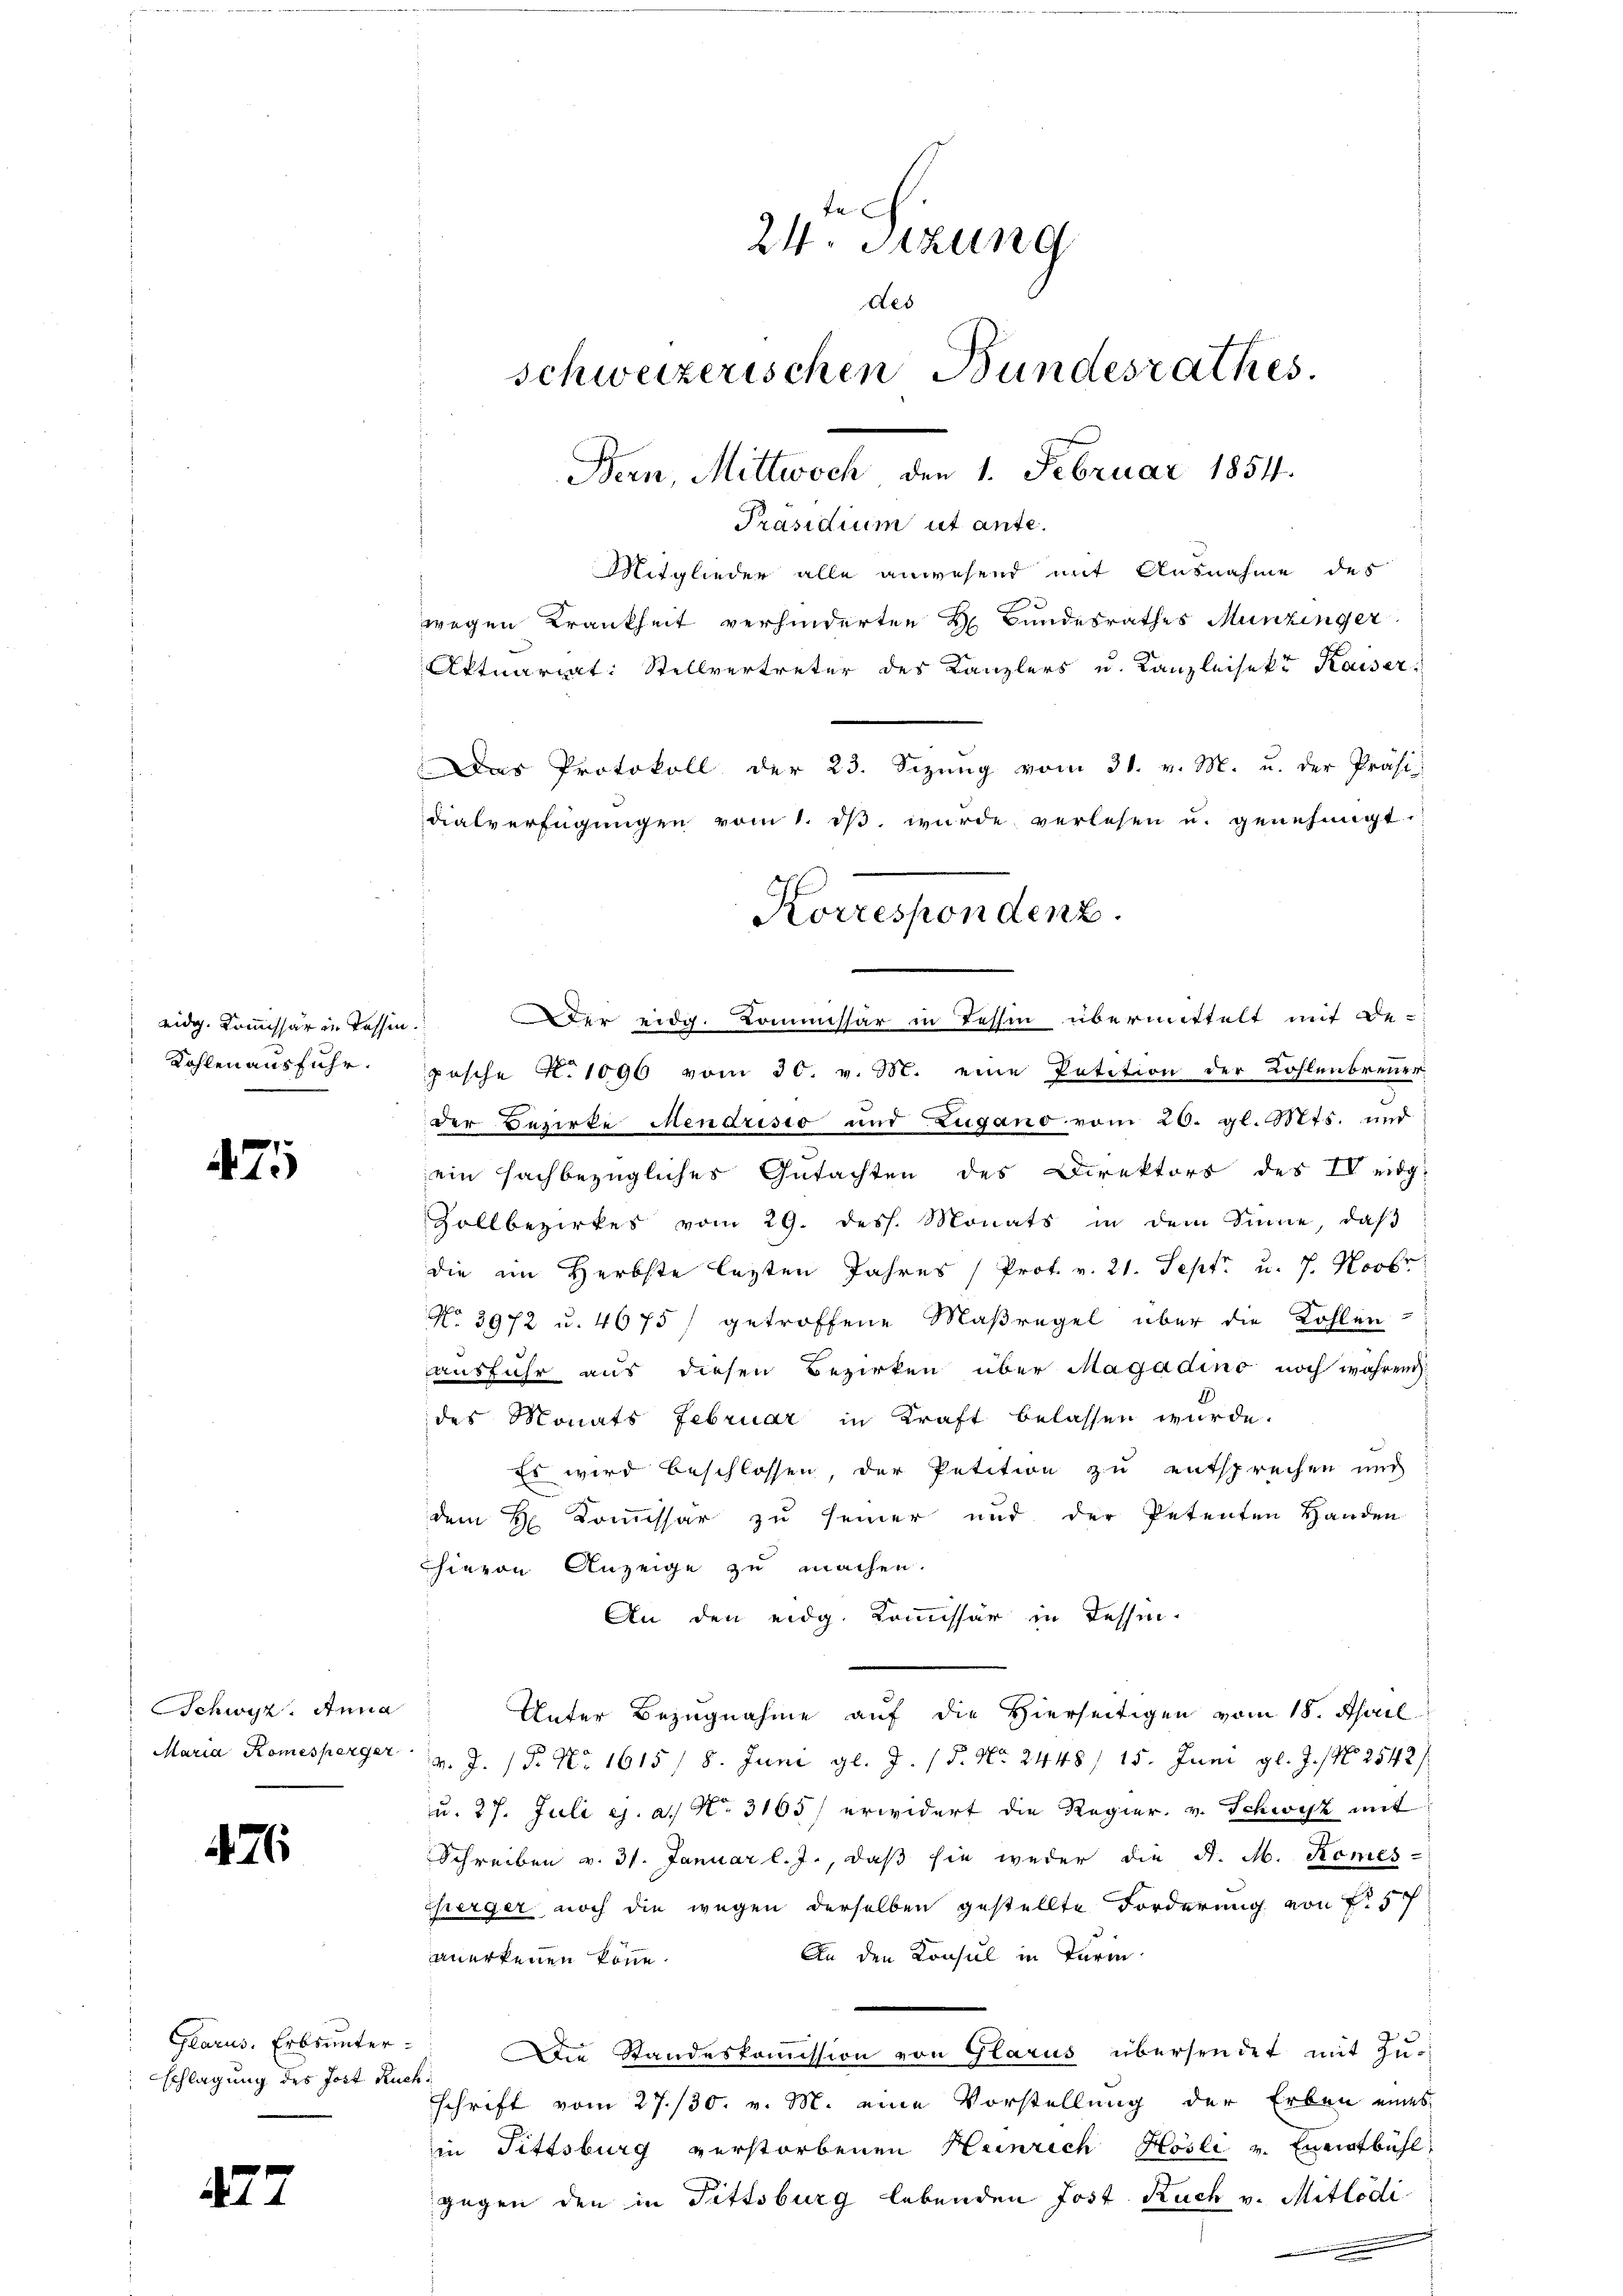
eidg. Kommissär in Tessin.
Kohlen ausfuhr.

475

Schwyz. Anna

476.

Glarus, Erbs unter-
schlagung des Jost Ruc

477

te
24. Sitzung
des
schweizerischen Bundesrathes.
Bern, Mittwoch den 1. Februar 1854.
Präsidium ut ante.

Mitglieder alle anwesend mit Ausnahme des
der eidg. Kommissär in Tessin übermittelt auf de
pasche N. 1096 vom 30. v. M. eine Petition der Kohlenbrenner
der Bezirke Mendristo und Zugano vom 20. gl. Mts. und
ein sachbezügliches Gutachten des Direktors des IV eidg
Zollbezirkes vom 29. dess. Monats in dem Sinne, daβ
die im Herbste lezten Jahres (Prof. v. 21. Sept. u. 7. Novbr.
No 3972 u. 4675 / getroffene Maßregel über die Kohlen-
ausfuhr aus diesen Bezirken über Magadino noch während
des Monats Februar in Kraft belassen wurde.
Es wird beschlossen, der Petition zu entsprechen und
dem H. Kommissär zu seiner und der Petenten Handen
Chievon Anzeige zu machen.
An den eidg. Kommissär in Tessin.
Unter Bezugnahme auf die Hierseitigen vom 18. April
Maria Komesperger v. J. P. Nr. 1615 / 8. Juni gl. J. / 5. No 2448 / 15. Juni gl. J. / N. 2542/
u. 27. Juli ej. a. No. 3165) erwidert die Regier. v. Schwyz mit
Schreiben v. 31. Januar l. J., daß sie weder die A. M. Remes¬
Cherger noch die wegen derselben gestellte Forderung von f. 57
An den Konsul in Turin
anerkennen könne.
. Die Standeskommission von Glarus übersendet mit Zuschrift vom 27./30. v. M. eine Vorstellung der Erben eines
in Fittsburg verstorbenen Heinrich Hösli v. Einiatbühl,
gegen den in Fittsburg lebenden Jost Ruch v. Mitlödi
.

wegen Krankheit verhinderten H. Bundesrathes Munzinger
Aktuariat: Stellvertreter des Kanzlers u. Kanzleisekt Kaiser

Das Protokoll der 23. Sizŭng vom 31. v. M. u. der Präsi
dialverfügungen vom 1. dβ. wurde verlesen u. genehmigt.
Korrespondenz.